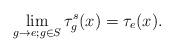
LaTeX: \begin{align*}\lim_{g\to e; g \in S} \tau_g^s(x) = \tau_e(x).\end{align*}